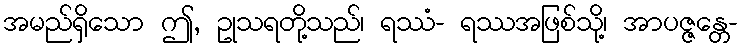
အမည်ရှိသော ဤ, ဥုသရတို့သည်၊ ရဿံ- ရဿအဖြစ်သို့၊ အာပဇ္ဇန္တေ-